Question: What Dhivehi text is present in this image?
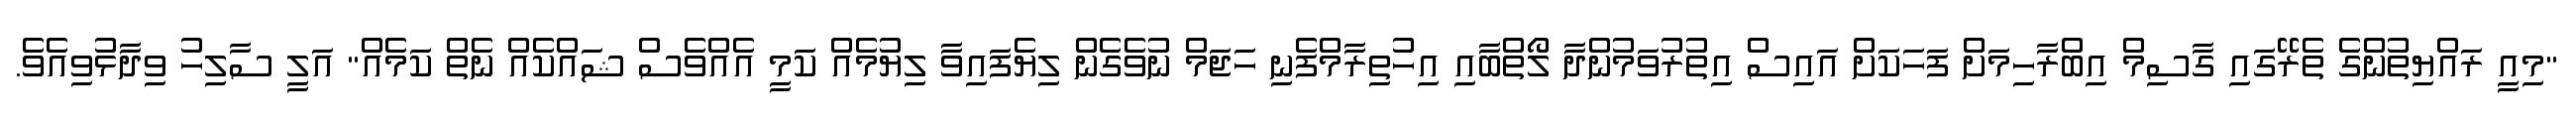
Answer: "މިއީ ރައްޔިތުންގެ ތެރޭގައި ގާސިމް އިބްރާހިމަށް ފަހަކަށް އައިސް އިތުރުވަމުންދާ ލޯތްބާއި އިހުތިރާމްފެނި ހަޖަމް ނުވެގެން ލިޔެފައިވާ ލިޔުމެއް ކަމީ އެއްވެސް ޝައްކެއް ނެތް ކަމެއް" އަލީ ސާލިހު ވިދާޅުވިއެވެ.